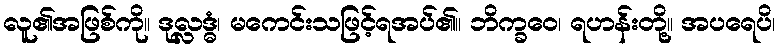
လူ၏အဖြစ်ကို။ ဒုလ္လဒ္ဓံ၊ မကေင်းသဖြင့်ရအပ်၏။ ဘိက္ခဝေ၊ ရဟန်းတို့။ အပရေပိ၊